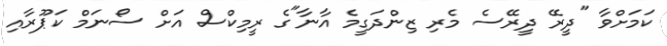
ކަމަށްވާ "ދީރޭ ދީރޭސެ މެރި ޒިންދަގީމެ އާނާ"ގެ ރީމިކްސް އަށް ސޯނަމް ކަޕޫރާއި